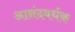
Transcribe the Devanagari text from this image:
आनंदवर्धक